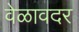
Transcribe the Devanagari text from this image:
वेळावदर